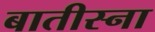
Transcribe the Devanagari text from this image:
बातीस्ना